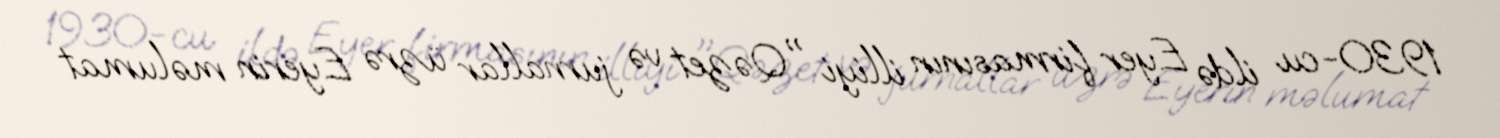
1930-cu ildə Eyer firmasının illiyi "Qəzet və jurnallar üzrə Eyerin məlumat